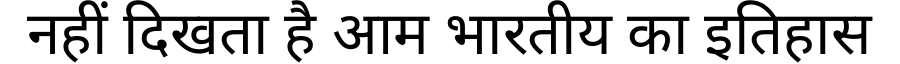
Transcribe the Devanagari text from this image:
नहीं दिखता है आम भारतीय का इतिहास